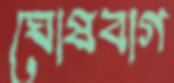
ঘোষবাগ